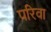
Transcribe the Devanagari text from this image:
परिवा